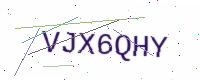
Text: VJX6QHY